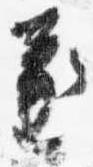
遂